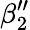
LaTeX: \beta_{2}^{\prime\prime}